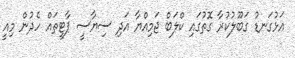
އަޅުގަނޑު ގަބޫލުކުރާ ގޮތުގައި ކްލަބް ޖަމިއްޔާ އަދި ސިޔާސީ ޕާޓީތައް ހެދުން މިއީ